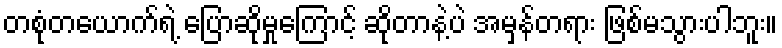
တစုံတယောက်ရဲ့ ပြောဆိုမှုကြောင့် ဆိုတာနဲ့ပဲ အမှန်တရား ဖြစ်မသွားပါဘူး။